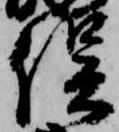
俣